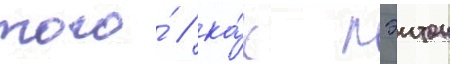
того́ / ка́к пэитон